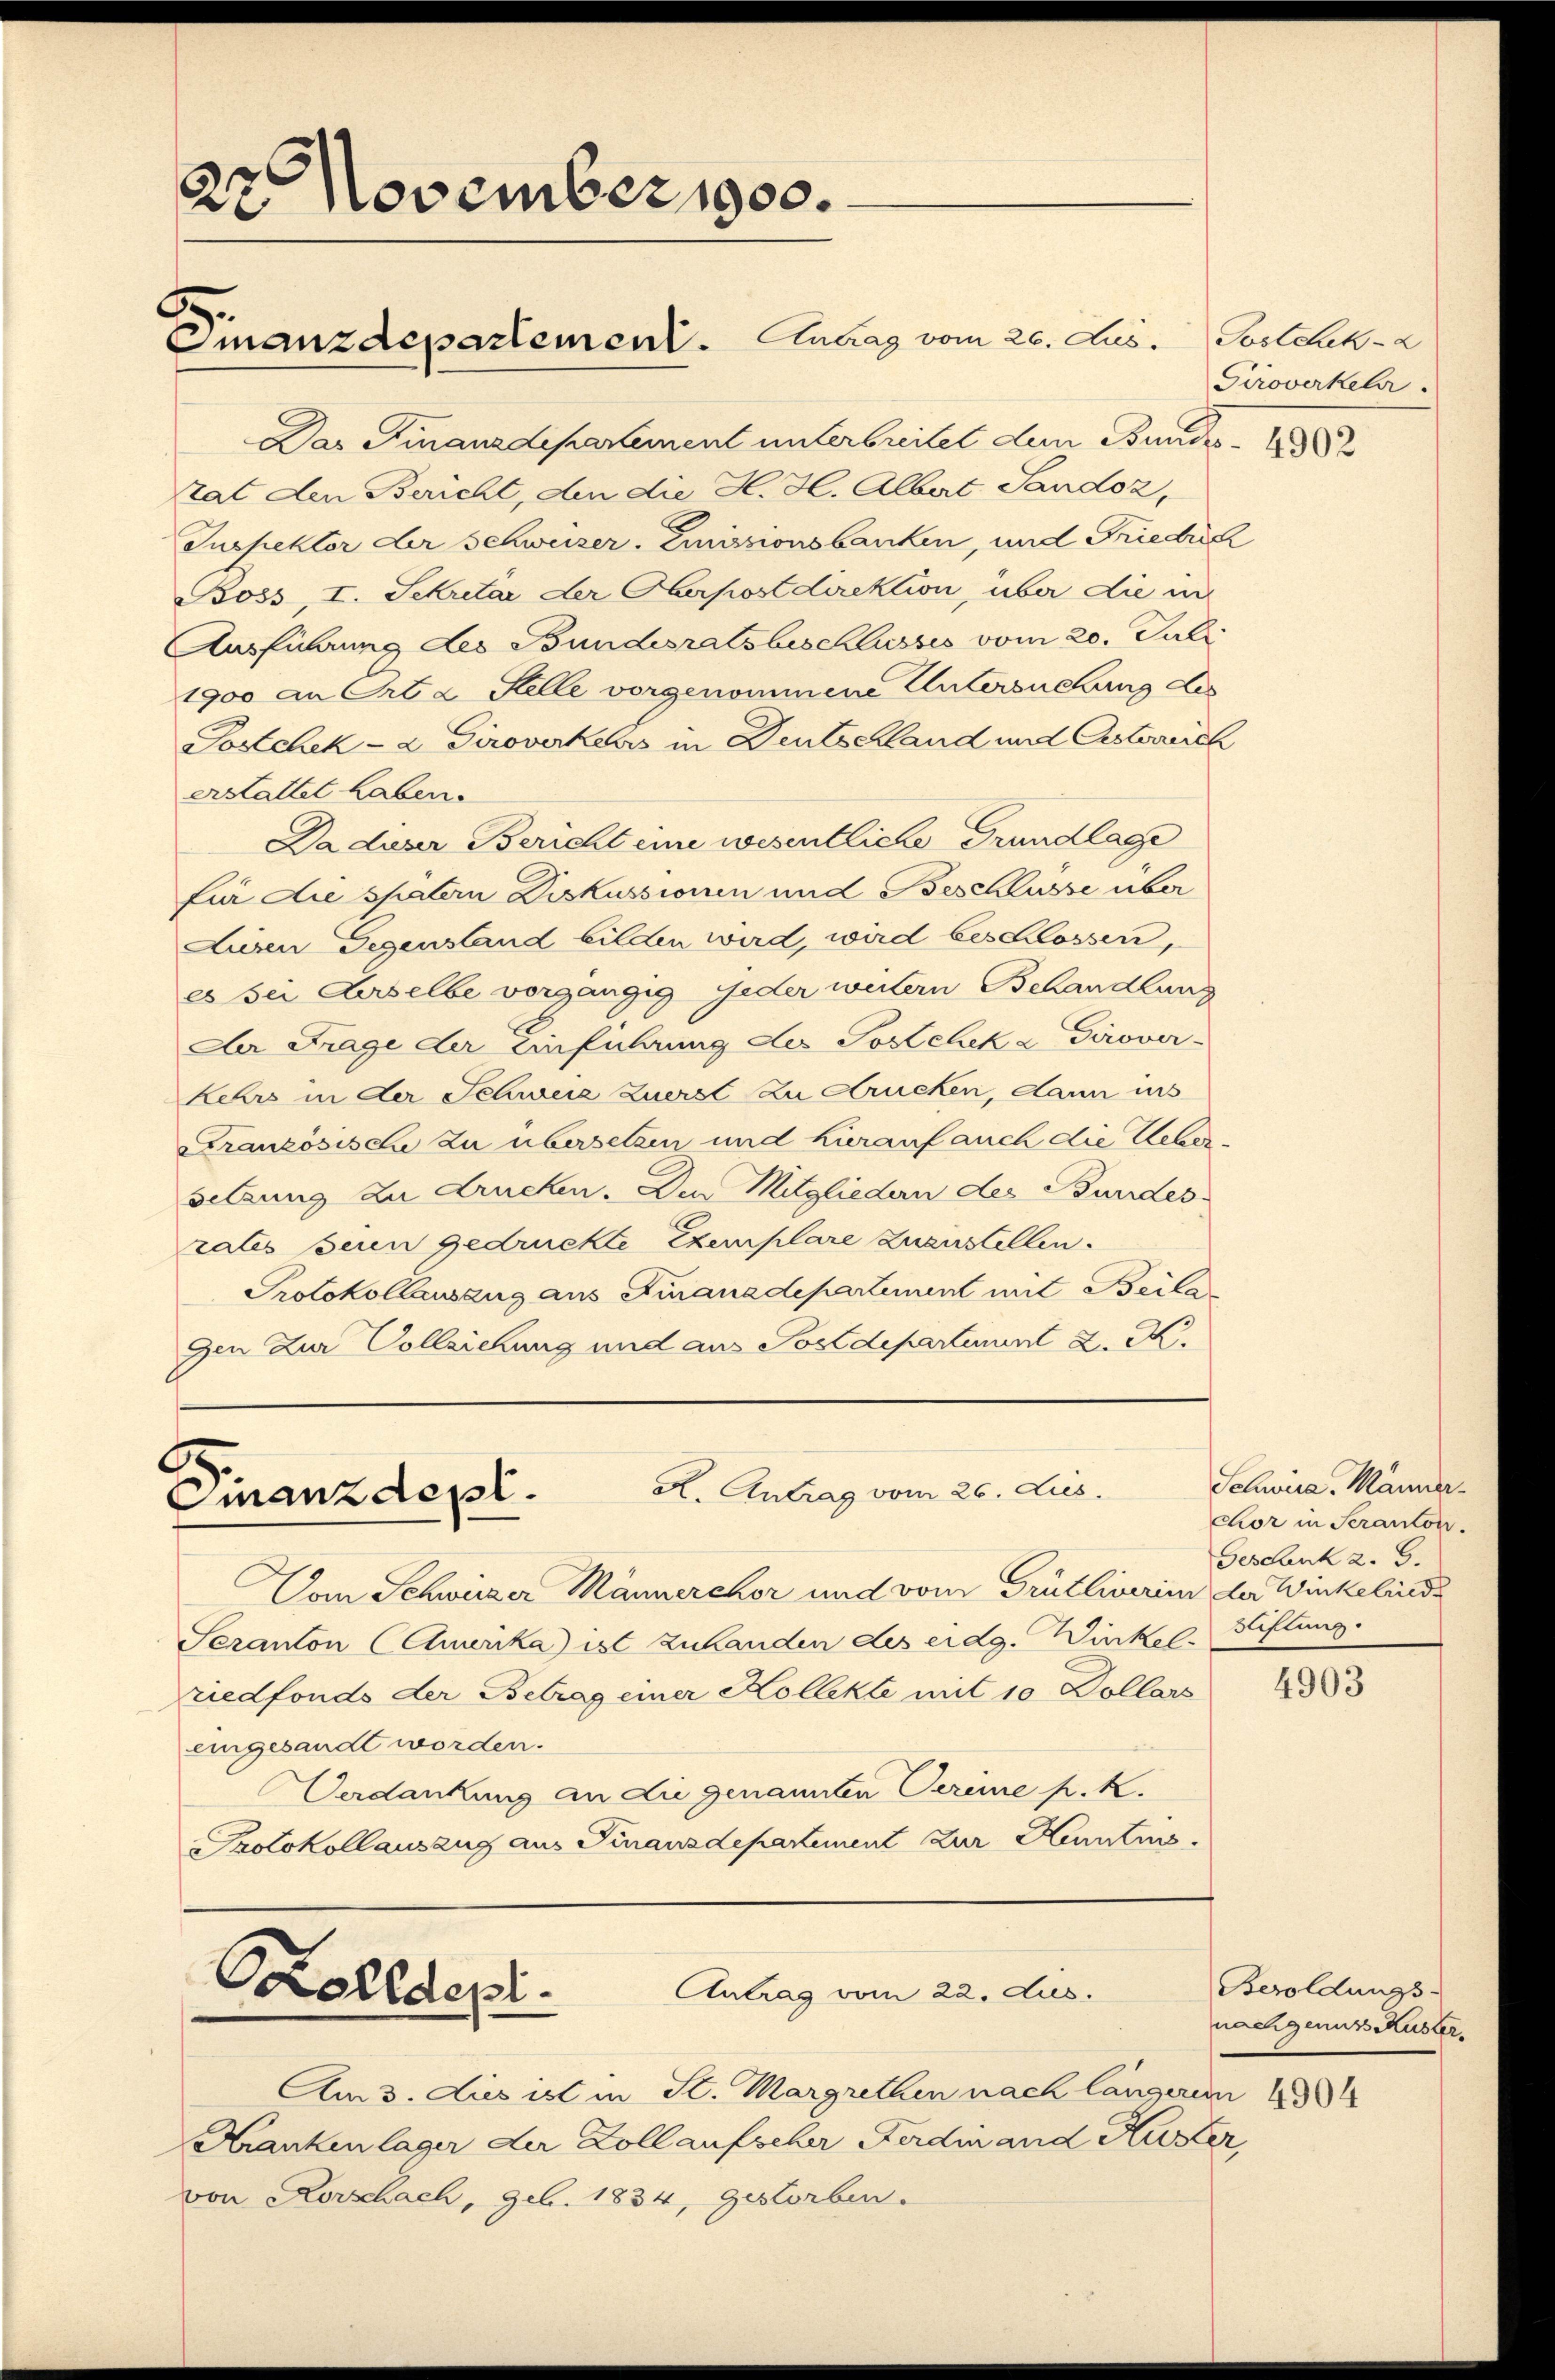
22 November 1900.

Finanzdepartement. Antrag vom 26. Jus Postchek-

K. Antrag vom 26. Aus
Finanzdepl.

Kzolldert.
Antrag vom 22. dus.

Das Finanzdepartement unterbreitet dem Bundestat den Bericht, An die H. H. Albert Sandoz,
Inspektor der Schweiser. Emissionsbanken, und Friedric
Boss, I. Schretär der Oberpostdirektion über die in
Ausführung des Bundesratsbeschlusses vom 20. Juli
1900 an Ort a Stelle vorgenommene Untersuchung des
Sostchek- & Giroverkehrs in Deutschland und Osterreich
erstattet haben.
Dadieser Bericht eine wesentliche Grundlage
für die spätern Diskussionen und Beschlusse über
Lusen Gegenstand bilden wird, wird beschlossen,
es sei Arselbe vorgängig jeder weitern Behandlung
Da Frage der Einführung der Postchek a Girover¬
Kehrs in der Schweiz Zuerst zu Krücken, dann ins
Französische zu übersetzen und hierauf auch die Uebersetzung zu drucken. Den Mitglieden des Bundes
rales seien gedruckte Exemplare zuerstellen.
Protokollawang aus Finanzdepartement mit Beila¬
Den Zur Vollziehung und aus Postdepartement L. K.

Vom Schweizer Männerchor und vom Grütliverinn der Winkelriede
Seranton Amerika ist zu handen des eidg. Wirkel. Stiftung.
riedfonds der Betrag einer Kollekte mit 10 Dollars
eingesandt worden.
Verdankung an die genannten Vereine fr. k.
Protokollauszug aus Finanzdepartement zur Kenntnis.

Am 3. Dies ist in St. Margrethen nach längeren 1384
Hankenlager der Kollaufscher Ferdinand Huster,
von Korschach, geb. 1834, gestorben.

Giroverkehr.

4902

Schwird, Männer.
chor in Seranton.
Geschenk 2. 5.

4903

Besoldungs-
nachgenuss Muster.